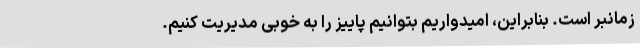
زمانبر است. بنابراین، امیدواریم بتوانیم پاییز را به خوبی مدیریت کنیم.